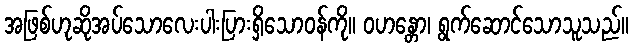
အဖြစ်ဟုဆိုအပ်သောလေးပါးပြားရှိသောဝန်ကို။ ဝဟန္တော၊ ရွက်ဆောင်သောသူသည်။